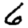
Digit: 6